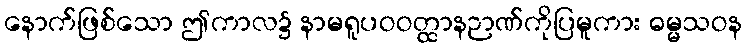
နောက်ဖြစ်သော ဤကာလ၌ နာမရူပဝဝတ္ထာနဉာဏ်ကိုပြမူကား ဓမ္မသဝန